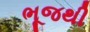
ભૂજથી